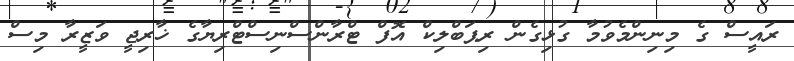
ރައީސް ގެ މިނިންމެވުމާ ގުޅިގެން ރިޕަބްލިކް އޮފް ޓްރާންސްނިސްޓްރިޔާގެ ޚާރިޖީ ވަޒީރާ މިސް